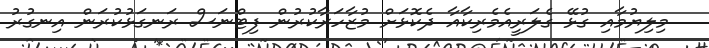
މިލިޔުމާއި ގުޅޭ ގެލަރީއެމެރިކާއާ ދެކޮޅަށް މުޒާހަރާކުރުން ފިޓްނަސް ރަނގަޅުކުރަން އިނގުރު